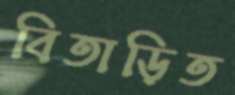
বিতাড়িত